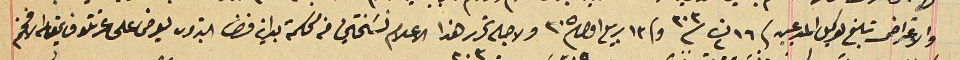
والاعتراض تبلغ لوكيل المدعين فى ١٦ ت٢ سنة ٣٠٣ وفى ١٣ ربيع اول ٣٠٥ ولاجله تحرر هذا الاعلام نسَختين من محكمة بداية قضا البترون يعرض على عزتلو قايمقام الافخم